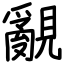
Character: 覶